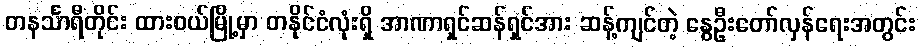
တနင်္သာရီတိုင်း ထားဝယ်မြို့မှာ တနိုင်ငံလုံးရှိ အာဏာရှင်ဆန်ရှင်အား ဆန့်ကျင်တဲ့ နွေဦးတော်လှန်ရေးအတွင်း